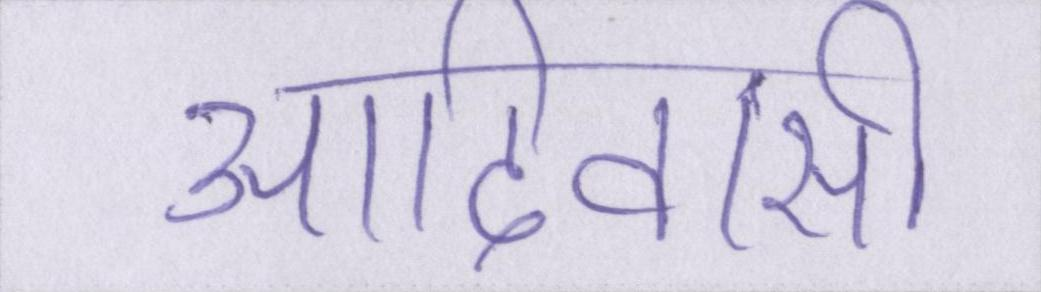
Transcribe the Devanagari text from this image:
आदिवासी